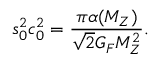
s _ { 0 } ^ { 2 } c _ { 0 } ^ { 2 } = \frac { \pi \alpha ( M _ { Z } ) } { \sqrt { 2 } G _ { F } M _ { Z } ^ { 2 } } .